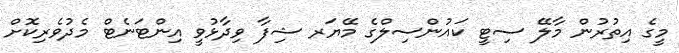
މީގެ އިތުރުން މާލޭ ސިޓީ ކައުންސިލްގެ މޭޔަރ ޝިފާ ވިދާޅުވީ އިންޓަނެޓް މެދުވެރިކޮށް